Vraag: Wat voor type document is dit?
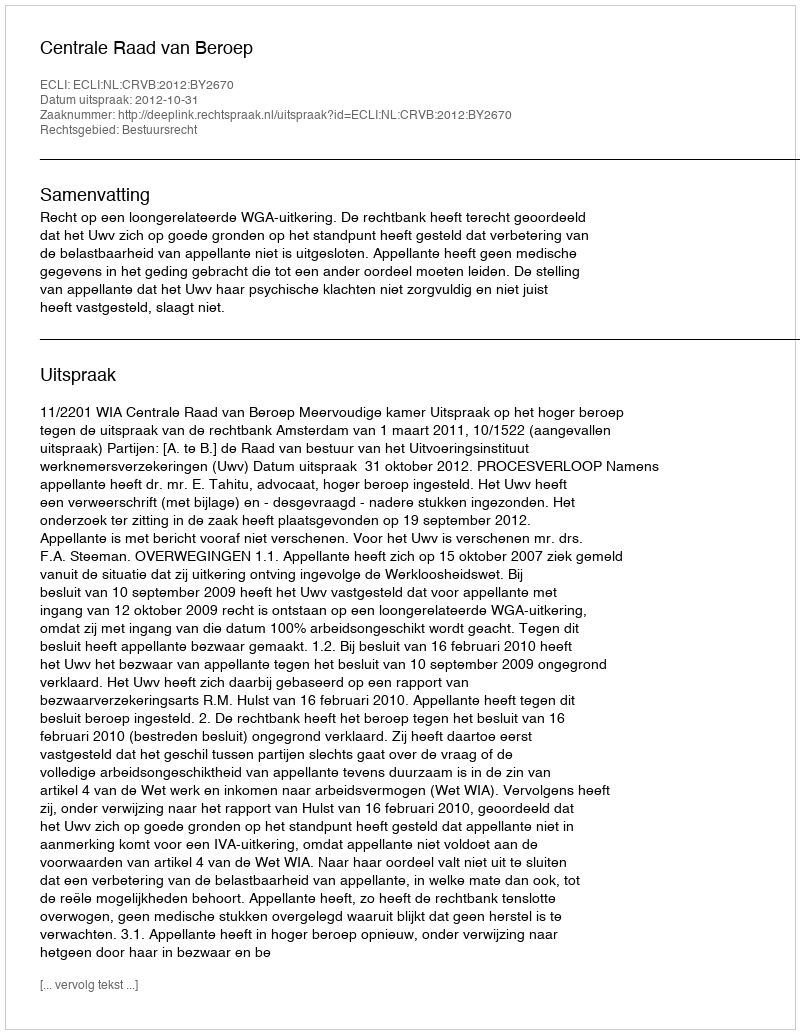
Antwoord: Uitspraak